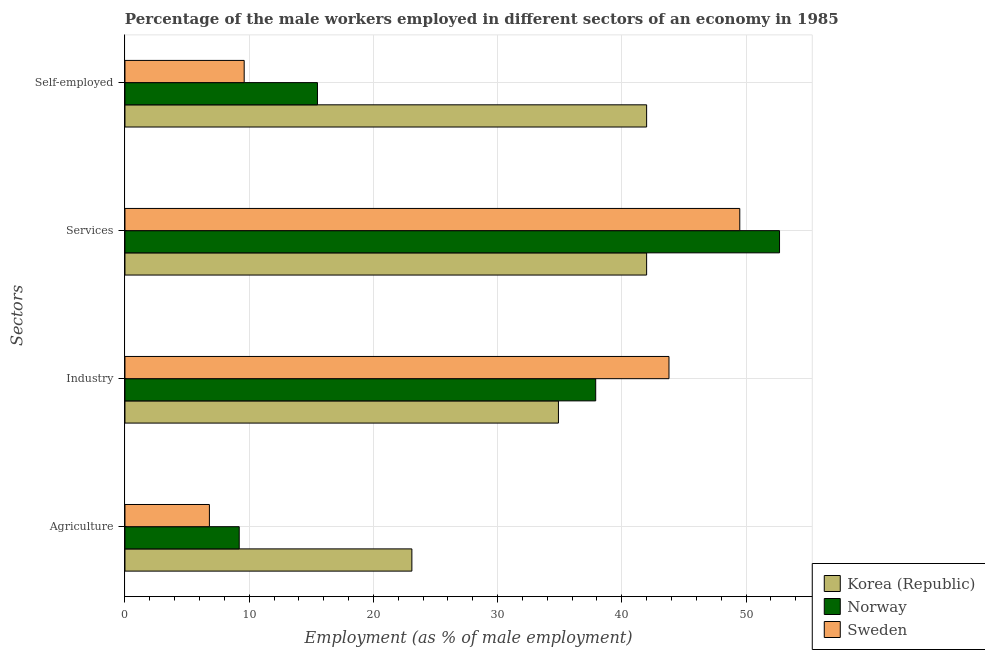
| Sectors | Korea (Republic) | Norway | Sweden |
 | --- | --- | --- | --- |
 | Agriculture | 23.1 | 9.2 | 6.8 |
 | Industry | 34.9 | 37.9 | 43.8 |
 | Services | 42 | 52.7 | 49.5 |
 | Self-employed | 42 | 15.5 | 9.6 |